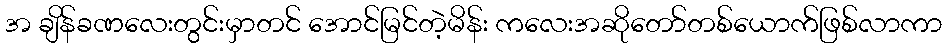
အ ချိန်ခဏလေးတွင်းမှာတင် အောင်မြင်တဲ့မိန်း ကလေးအဆိုတော်တစ်ယောက်ဖြစ်လာကာ